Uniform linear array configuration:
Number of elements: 4
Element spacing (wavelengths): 0.75
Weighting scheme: blackman
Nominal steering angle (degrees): -15
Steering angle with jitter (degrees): -16.732
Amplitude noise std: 0.05
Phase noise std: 0.05

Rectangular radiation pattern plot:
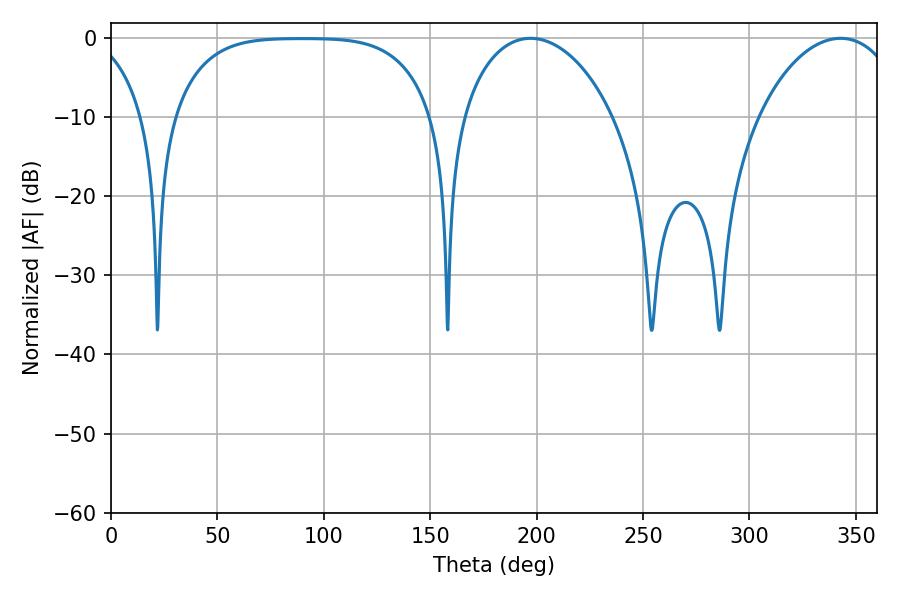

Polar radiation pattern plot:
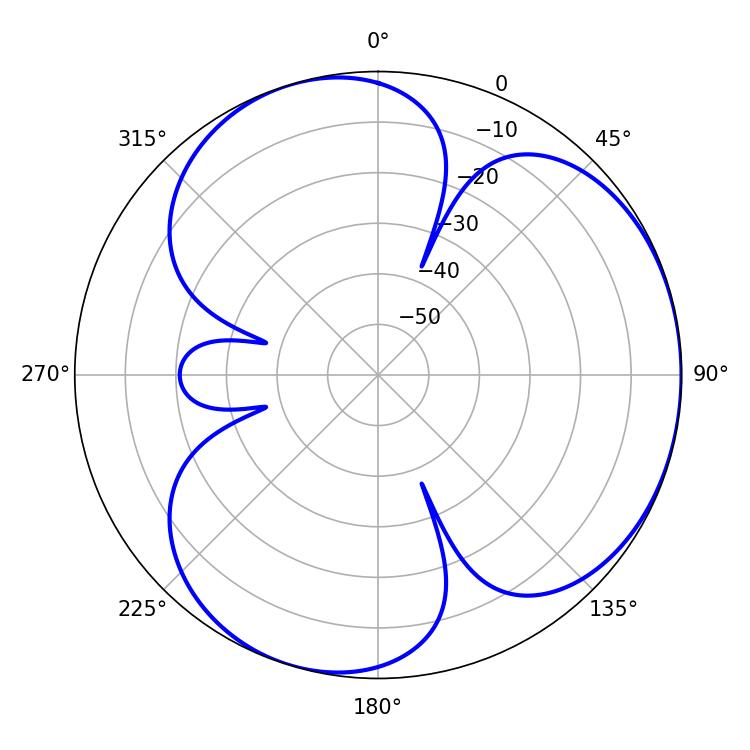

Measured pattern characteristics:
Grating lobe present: TRUE
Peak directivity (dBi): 3.614
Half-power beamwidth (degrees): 41.04
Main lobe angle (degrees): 197.1